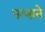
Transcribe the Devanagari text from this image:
पत्‍नाने